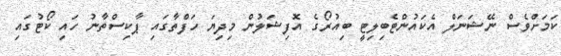
ކަމަށްވެސް ނޭޝަނަލް އެކައުންޓެބިލިޓީ ބިއުރޯގެ އޮފިޝަލުން މިދިޔަ ހަފްތާގައި ޕާކިސްތާނު ހައި ކޯޓުގައި